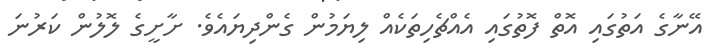
އޭނާގެ އަތުގައި އޮތް ފޮތުގައި އެއްޗެހިތަކެއް ލިޔަމުން ގެންދިޔައެވެ. ށާށީގެ ލޮލުން ކަރުނަ